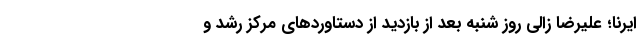
ایرنا؛ علیرضا زالی روز شنبه بعد از بازدید از دستاوردهای مرکز رشد و